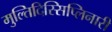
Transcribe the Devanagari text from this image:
मुल्तिदिस्सिप्लिनारी